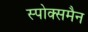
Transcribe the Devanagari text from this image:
स्पोक्समैन